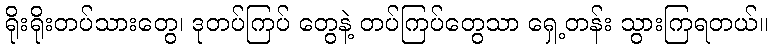
ရိုးရိုးတပ်သားတွေ၊ ဒုတပ်ကြပ် တွေနဲ့ တပ်ကြပ်တွေသာ ရှေ့တန်း သွားကြရတယ်။